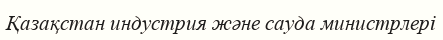
Қазақстан индустрия және сауда министрлері